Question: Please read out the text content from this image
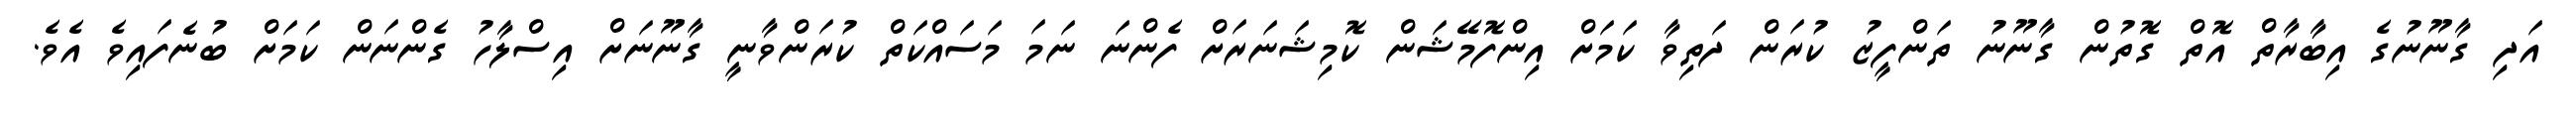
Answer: އަދި ގާނޫނުގެ އިބާރާތް އޮތް ގޮތުން ގާނޫނު ތަންފީޒު ކުރަން ދަތިވާ ކަމަށް އިންފޮމޭޝަން ކޮމިޝަނަރަށް ފެންނަ ނަމަ މަސައްކަތް ކުރަންވާނީ ގާނޫނަށް އިސްލާހު ގެންނަން ކަމަށް ބުނެފައިވެ އެވެ.